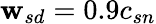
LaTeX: {\mathbf{w}_{sd}}=0.9c_{sn}